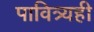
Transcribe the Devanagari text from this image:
पावित्र्यही